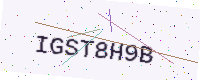
Text: IGST8H9B